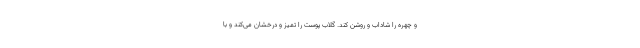
و چهره را شاداب و روشن کند. گلاب پوست را تمیز و درخشان می‌کند و با